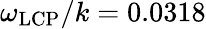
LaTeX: \omega_{\mathrm{LCP}}/k=0.0318